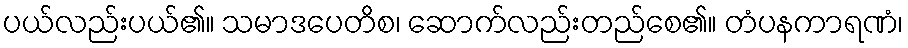
ပယ်လည်းပယ်၏။ သမာဒပေတိစ၊ ဆောက်လည်းတည်စေ၏။ တံပနကာရဏံ၊